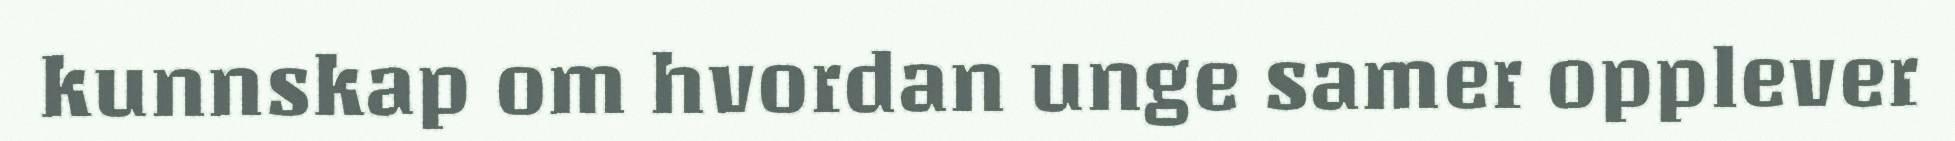
kunnskap om hvordan unge samer opplever